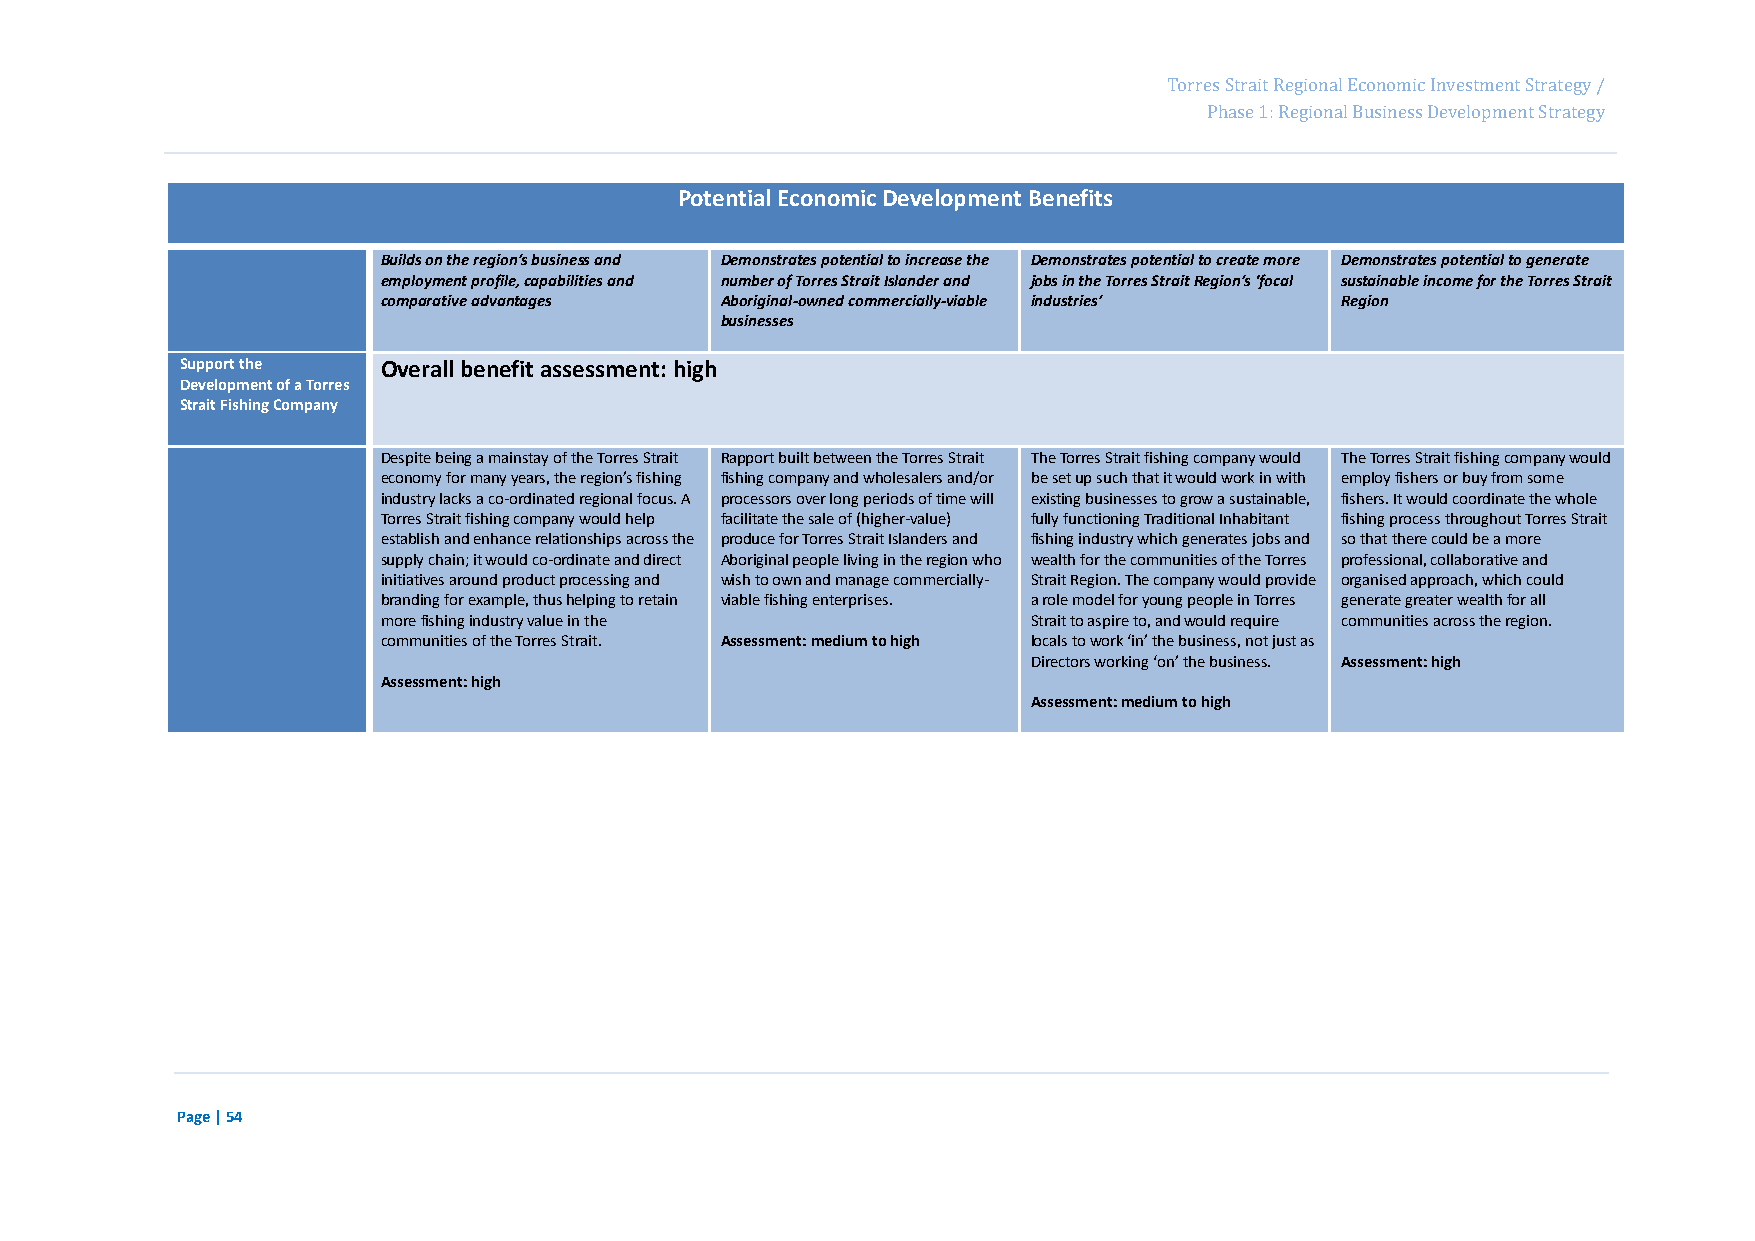
Page 70
 Torres Strait Regional Economic Investment Strategy /
 Phase 1: Regional Business Development Strategy
 Potential Economic Development Benefits
 Builds on the region’s business and Demonstrates potential to increase the Demonstrates potential to create more Demonstrates potential to generate
 employment profile, capabilities and number of Torres Strait Islander and jobs in the Torres Strait Region’s ‘focal sustainable income for the Torres Strait
 comparative advantages Aboriginal-owned commercially-viable industries’ Region
 businesses
 Support the  Overall benefit assessment: high
 Development of a Torres
 Strait Fishing Company
 Despite being a mainstay of the Torres Strait Rapport built between the Torres Strait The Torres Strait fishing company would The Torres Strait fishing company would
 economy for many years, the region’s fishing fishing company and wholesalers and/or be set up such that it would work in with employ fishers or buy from some
 industry lacks a co-ordinated regional focus. A processors over long periods of time will existing businesses to grow a sustainable, fishers. It would coordinate the whole
 Torres Strait fishing company would help facilitate the sale of (higher-value) fully functioning Traditional Inhabitant fishing process throughout Torres Strait
 establish and enhance relationships across the produce for Torres Strait Islanders and fishing industry which generates jobs and so that there could be a more
 supply chain; it would co-ordinate and direct Aboriginal people living in the region who wealth for the communities of the Torres professional, collaborative and
 initiatives around product processing and wish to own and manage commercially- Strait Region. The company would provide organised approach, which could
 branding for example, thus helping to retain viable fishing enterprises. a role model for young people in Torres generate greater wealth for all
 more fishing industry value in the         Strait to aspire to, and would require communities across the region.
 communities of the Torres Strait. Assessment: medium to high locals to work ‘in’ the business, not just as
 Directors working ‘on’ the business. Assessment: high
 Assessment: high
 Assessment: medium to high
 Page | 54